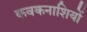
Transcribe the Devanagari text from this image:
कवकनाशियों